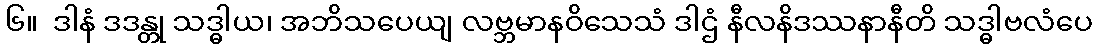
၆။  ဒါနံ ဒဒန္တု သဒ္ဓါယ၊ အဘိသပေယျ လဗ္ဘမာနဝိသေသံ ဒါဌံ နီလနိဒဿနာနီတိ သဒ္ဓါဗလံပေ